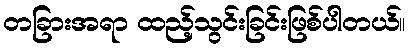
တခြားအရာ ထည့်သွင်းခြင်းဖြစ်ပါတယ်။